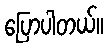
ပြောပါတယ်။